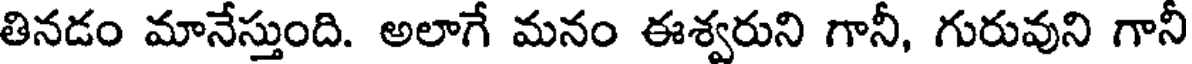
తినడం మానేస్తుంది. అలాగే మనం ఈశ్వరుని గానీ, గురువుని గానీ